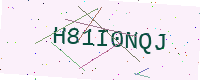
Text: H81I0NQJ